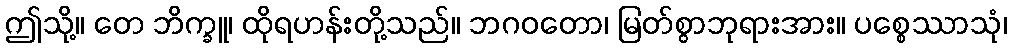
ဤသို့။ တေ ဘိက္ခူ၊ ထိုရဟန်းတို့သည်။ ဘဂဝတော၊ မြတ်စွာဘုရားအား။ ပစ္စေဿာသုံ၊